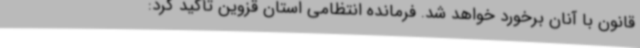
قانون با آنان برخورد خواهد شد. فرمانده انتظامی استان قزوین تأکید کرد: